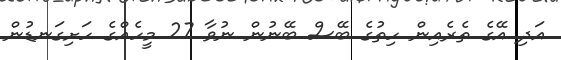
އަދި އޭގެ ތެރެއިން ހިތުގެ ބޭސް ބޭނުން ނުވާ 27 މީހެއްގެ ހަށިގަނޑުން